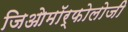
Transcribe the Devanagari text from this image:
जिओमॉर्फोलोजी